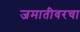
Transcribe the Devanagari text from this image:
जमातीवरचा